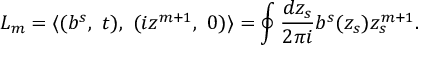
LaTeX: L _ { m } = \langle ( b ^ { s } , \ t ) , \ ( i z ^ { m + 1 } , \ 0 ) \rangle = \oint \frac { d z _ { s } } { 2 \pi i } b ^ { s } ( z _ { s } ) z _ { s } ^ { m + 1 } .